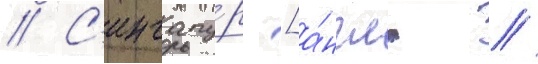
// С'ингапу́р [а́нгл. //